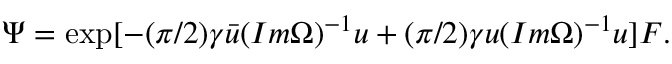
\Psi = \exp [ - ( \pi / 2 ) \gamma \bar { u } ( I m \Omega ) ^ { - 1 } u + ( \pi / 2 ) \gamma u ( I m \Omega ) ^ { - 1 } u ] F .